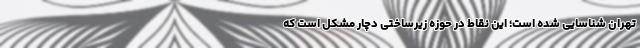
تهران شناسایی شده است؛ این نقاط در حوزه زیرساختی دچار مشکل است که